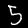
Digit: 5